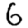
Digit: 6